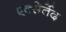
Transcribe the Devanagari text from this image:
एक्सेर्तेद